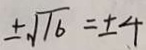
\pm \sqrt { 1 6 } = \pm 4